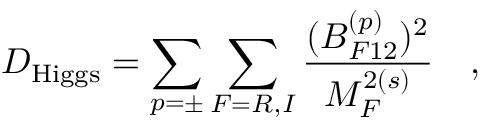
D _ { \mathrm { H i g g s } } = \sum _ { p = \pm } \sum _ { F = R , I } { \frac { ( B _ { F 1 2 } ^ { ( p ) } ) ^ { 2 } } { M _ { F } ^ { 2 ( s ) } } } ~ ~ ~ ,